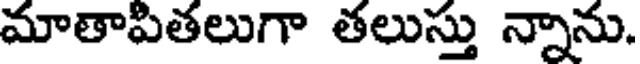
మాతాపితలుగా తలుస్తు న్నాను.